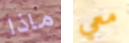
ماذا معي